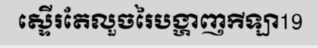
ស្ទើរតែលួចរៃបង្ហាញកីឡា19